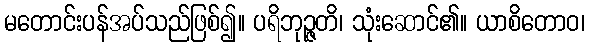
မတောင်းပန်အပ်သည်ဖြစ်၍။ ပရိဘုဉ္ဇတိ၊ သုံးဆောင်၏။ ယာစိတောဝ၊